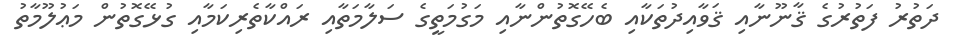
ދަތުރު ފަތުރުގެ ޤާނޫނާއި ޤަވާއިދުތަކާއި ބެހޭގޮތުންނާއި މަގުމަތީގެ ސަލާމަތާއި ރައްކާތެރިކަމާއި ގުޅޭގޮތުން މަޢުލޫމާތު